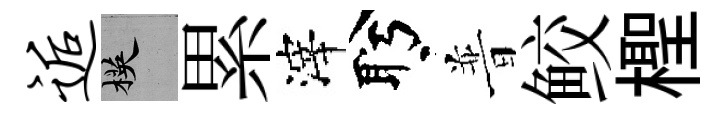
逅楧累滓盻普鲛檉